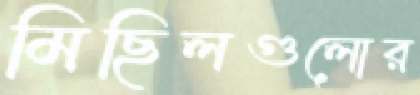
মিছিলগুলোর